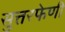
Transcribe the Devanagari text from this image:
सुत्तरफेणी